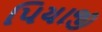
પિયાજી